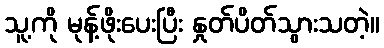
သူ့ကို မုန့်ဖိုးပေးပြီး နှုတ်ပိတ်သွားသတဲ့။